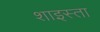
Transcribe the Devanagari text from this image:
शाइस्‍ता